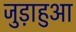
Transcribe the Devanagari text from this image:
जुड़ाहुआ